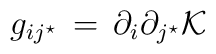
g_{i j^\star}\, =\,\partial_i\partial_{j^\star}{\cal K}